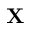
\mathbf { X }